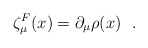
\begin{align*}\zeta_{\mu}^{F} (x) = \partial_{\mu} \rho (x)~~.\end{align*}